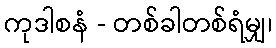
ကုဒါစနံ - တစ်ခါတစ်ရံမျှ၊